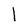
Character: l